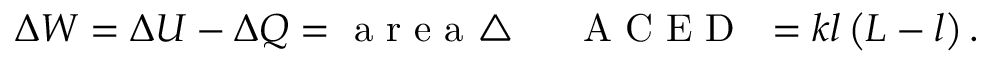
\Delta W = \Delta U - \Delta Q = \mathrm { ~ a ~ r ~ e ~ a ~ \triangle ~ \! ~ \! ~ \! ~ \nabla ~ { ~ A ~ C ~ E ~ D ~ } ~ } = k l \left( L - l \right) .